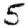
Digit: 5